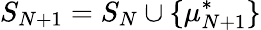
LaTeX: S_{N+1}=S_{N}\cup\{ \mu_{N+1}^{*}\}